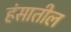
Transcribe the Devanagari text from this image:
हंसातील